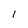
Character: 1